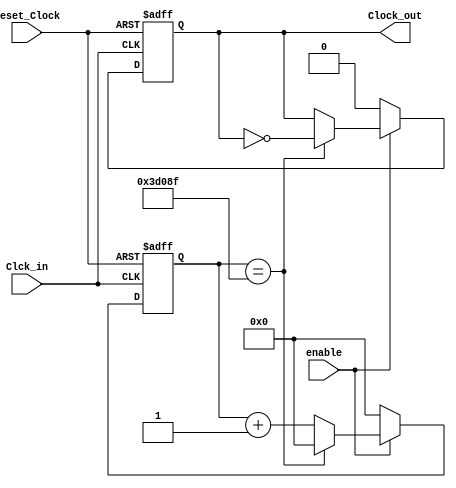
`timescale 1ns / 1ps
//////////////////////////////////////////////////////////////////////////////////
// Company: 
// Engineer: 
// 
// Design Name: 
// Module Name:    tiempodemuestreo 
// Project Name: 
// Target Devices: 
// Tool versions: 
// Description: 
//
// Dependencies: 
//
// Revision: 
// Revision 0.01 - File Created
// Additional Comments: 
//
//////////////////////////////////////////////////////////////////////////////////
module tiempodemuestreo(
 input wire Clck_in,enable,
 input wire reset_Clock,
 output reg Clock_out
 ); 
 
 
 reg [17:0] contador; 


 
always @(posedge Clck_in,posedge reset_Clock) 
 begin
      if (reset_Clock)
		   begin
		   Clock_out <= 0;
			contador <= 0;
			end 
      else if (enable)
          begin		
		    if (contador == 18'd249999)  
		        begin                    
			     contador <=18'd0;       
		        Clock_out <= ~Clock_out;
		        end 
		     else 
		        contador <= contador + 1'b1; 
          end 
		else 
		   begin 
		   contador <= 0;
			Clock_out <= 0;
			end
 end 
  
endmodule